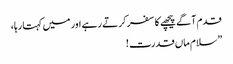
قدم آگے پیچھے کا سفر کرتے رہے اور میں کہتا رہا،
”سلام ماں قدرت !